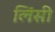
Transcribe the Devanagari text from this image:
लिंसी